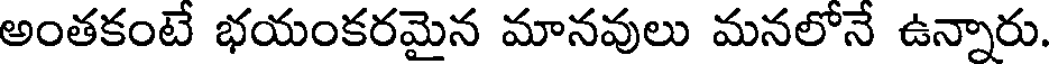
అంతకంటే భయంకరమైన మానవులు మనలోనే ఉన్నారు